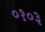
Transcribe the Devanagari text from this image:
०१०३